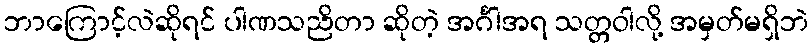
ဘာကြောင့်လဲဆိုရင် ပါဏသညိတာ ဆိုတဲ့ အင်္ဂါအရ သတ္တဝါလို့ အမှတ်မရှိဘဲ